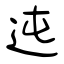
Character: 迍